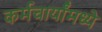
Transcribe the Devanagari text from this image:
कर्मचार्यांमध्ये